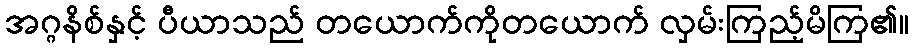
အဂ္ဂနိစ်နှင့် ပီယာသည် တယောက်ကိုတယောက် လှမ်းကြည့်မိကြ၏။